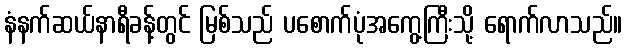
နံနက်ဆယ်နာရီခန့်တွင် မြစ်သည် ပစောက်ပုံအကွေ့ကြီးသို့ ရောက်လာသည်။